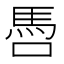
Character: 𩡳